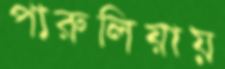
পারুলিয়ায়